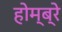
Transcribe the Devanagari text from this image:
होम्ब्रे